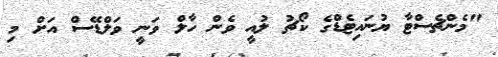
"މެންޗެސްޓާ ޔުނައިޓެޑްގެ ކޯޗު ލުއީ ވެން ހާލް ވަނީ ވަލްޑޭސް އަށް މި